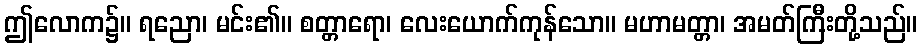
ဤလောက၌။ ရညော၊ မင်း၏။ စတ္တာရော၊ လေးယောက်ကုန်သော။ မဟာမတ္တာ၊ အမတ်ကြီးတို့သည်။